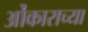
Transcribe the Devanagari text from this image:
ओंकाराच्या